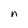
Character: n